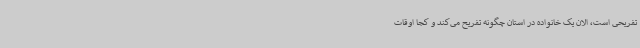
تفریحی است، الان یک خانواده در استان چگونه تفریح می‌کند و کجا اوقات